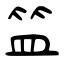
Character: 笽